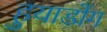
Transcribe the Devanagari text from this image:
हुयाडोंग